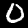
Label: 0